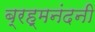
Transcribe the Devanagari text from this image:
ब्रह्मनंदनी